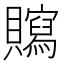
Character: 𧸿